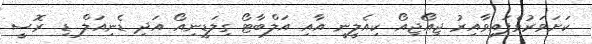
ކަށަވަރުވެފައިވާއިރު ޖިއޯޖިއޯ ކިއެލީނީ އާއި އަލްބާޓޯ ގިލަޑީނިއޯ އަދި ޑެނިއަލް ޑި ރޮސީ